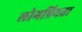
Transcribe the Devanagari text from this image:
लोगप्रियता